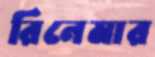
রিনেমার